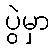
ပွဲမှာ